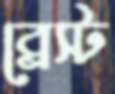
ব্রেস্ট